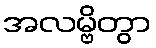
အလမ္ဗိတွာ